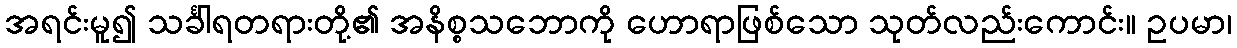
အရင်းမူ၍ သင်္ခါရတရားတို့၏ အနိစ္စသဘောကို ဟောရာဖြစ်သော သုတ်လည်းကောင်း။ ဥပမာ၊